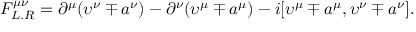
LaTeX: F _ { L . R } ^ { \mu \nu } = \partial ^ { \mu } ( \upsilon ^ { \nu } \mp a ^ { \nu } ) - \partial ^ { \nu } ( \upsilon ^ { \mu } \mp a ^ { \mu } ) - i [ \upsilon ^ { \mu } \mp a ^ { \mu } , \upsilon ^ { \nu } \mp a ^ { \nu } ] .